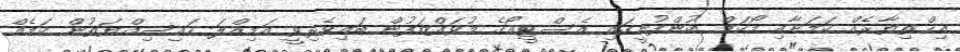
އިޚްތިޔާރެއް ކަމަށާއި މޯކަމް ކުންފުނީގައި އެސްޓީއޯގެ މުވައްޒަފުން ބައިވެރިވީ އަމިއްލަ ހައިސިއްޔަތުން ކަމެއް